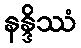
နန္ဒိဿံ